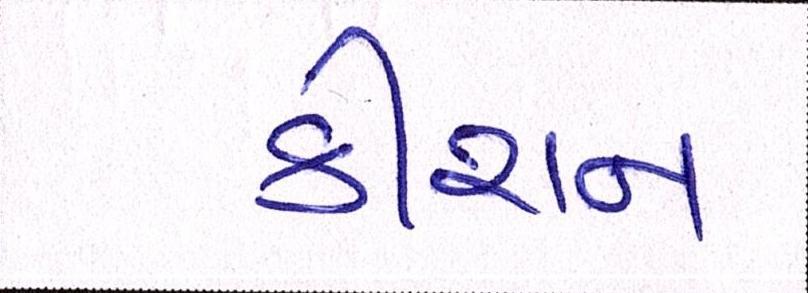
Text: કીશન